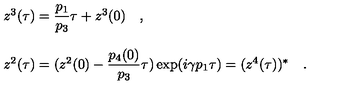
\begin{array} { l } { z ^ { 3 } ( \tau ) = { \displaystyle \frac { p _ { 1 } } { p _ { 3 } } } \tau + z ^ { 3 } ( 0 ) \quad , } \\ { } \\ { z ^ { 2 } ( \tau ) = ( z ^ { 2 } ( 0 ) - { \displaystyle \frac { p _ { 4 } ( 0 ) } { p _ { 3 } } } \tau ) \exp ( i \gamma p _ { 1 } \tau ) = ( z ^ { 4 } ( \tau ) ) ^ { * } \quad . } \\ \end{array}